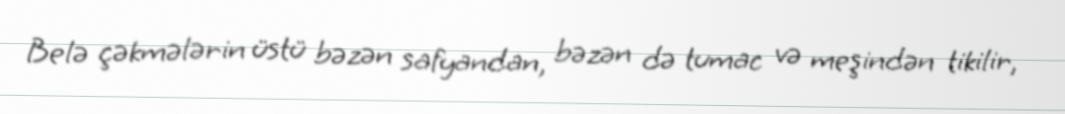
Belə çəkmələrin üstü bəzən safyandan, bəzən də tumac və meşindən tikilir,